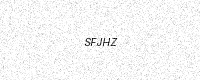
Text: SFJHZ